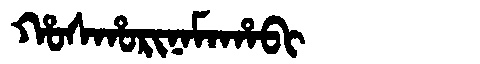
Manchu: ᡥᠣᠰᡥᠣᡵᡳᠨᠠᠮᠠᡥᠠᠪᡳ
Romanization: HOSHORINAMAHABI